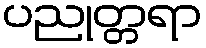
ပညုတ္တရာ